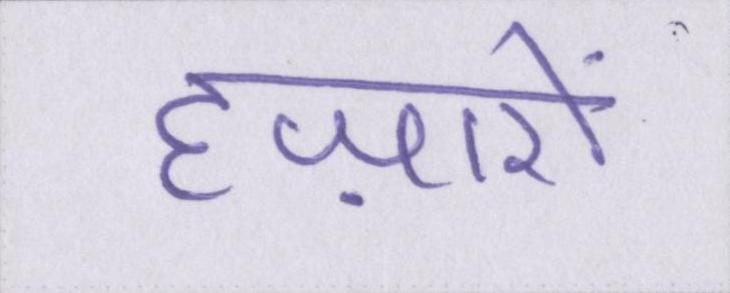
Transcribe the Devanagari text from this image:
हज़ारों